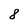
Character: 8